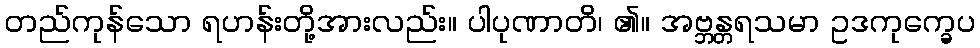
တည်ကုန်သော ရဟန်းတို့အားလည်း။ ပါပုဏာတိ၊ ၏။ အဗ္ဘန္တရသမာ ဥဒကုက္ခေပ